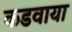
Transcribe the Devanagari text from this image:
कडवाया